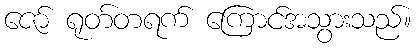
ဇော် ရုတ်တရက် ကြောင်အသွားသည်။